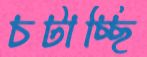
চটাচ্ছি